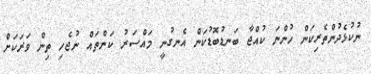
ނުކުޅެދުންތެރިކަން ހުންނަ ކުއްޖާ ބަނޑުބޮޑުކަން އެނގުނީ މައްސަރު ކަންތައް ނުޖެހި ތިން ވަރަކަށް